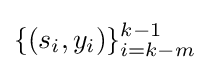
\{(s_{i},y_{i})\}_{i=k-m}^{k-1}